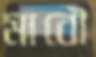
মাবৌ